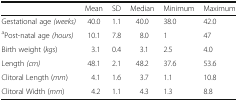
|  | Mean | SD | Median | Minimum | Maximum |
 | --- | --- | --- | --- | --- | --- |
 | Gestational age (weeks) | 40.0 | 1.1 | 40.0 | 38.0 | 42.0 |
 | aPost-natal age (hours) | 10.1 | 7.8 | 8.0 | 1 | 47 |
 | Birth weight (kgs) | 3.1 | 0.4 | 3.1 | 2.5 | 4.0 |
 | Length (cm) | 48.1 | 2.1 | 48.2 | 37.6 | 53.6 |
 | Clitoral Length (mm) | 4.1 | 1.6 | 3.7 | 1.1 | 10.8 |
 | Clitoral Width (mm) | 4.2 | 1.1 | 4.3 | 1.3 | 8.8 |